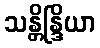
သန္တိန္ဒြိယာ